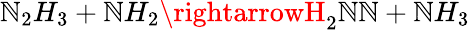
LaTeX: \mathbb{N}_{2}H_{3}+\mathbb{N}H_{2}\rightarrowH_{2}\mathbb{N}\mathbb{N}+\mathbb{N}H_{3}